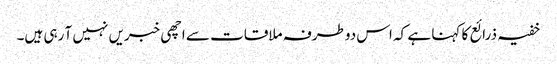
خفیہ ذرائع کا کہنا ہے کہ اس دوطرفہ ملاقات سے اچھی خبریں نہیں آ رہی ہیں۔